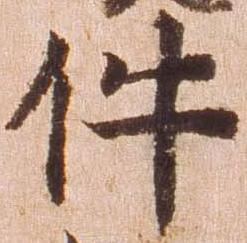
件